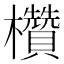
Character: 欑